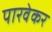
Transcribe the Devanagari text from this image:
पारवेकर